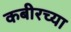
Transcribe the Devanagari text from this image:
कबीरच्या